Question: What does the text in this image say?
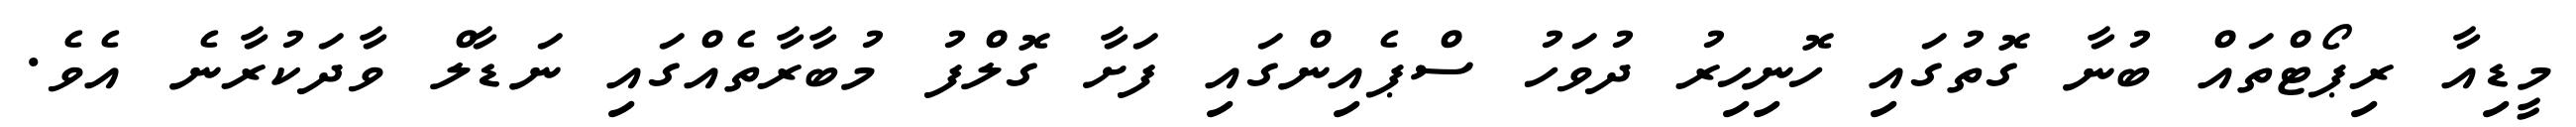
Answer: މީޑިއާ ރިޕޯޓްތައް ބުނާ ގޮތުގައި ހޮނިހިރު ދުވަހު ސްޕެއިންގައި ފަށާ ގޮލްފު މުބާރާތެއްގައި ނަޑާލް ވާދަކުރާނެ އެވެ.